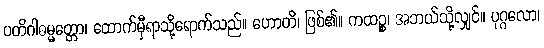
ပတိဂါဓမ္မတ္တော၊ ထောက်မှီရာသို့ရောက်သည်။ ဟောတိ၊ ဖြစ်၏။ ကထဉ္စ၊ အဘယ်သို့လျှင်။ ပုဂ္ဂလော၊